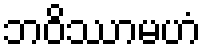
ဘဝိဿာမဟံ